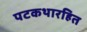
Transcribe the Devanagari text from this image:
पटकथारहित